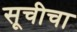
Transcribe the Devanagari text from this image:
सूचीचा